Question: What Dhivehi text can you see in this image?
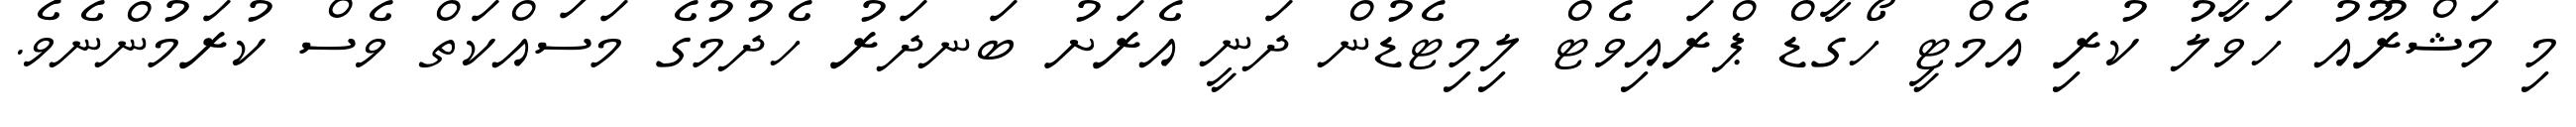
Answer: މި މަޝްރޫއު ހަވާލު ކުރި އެމްޓީ ހޯގާޑް ޕްރައިވެޓް ލިމިޓެޑުން ދަނީ އެރަށު ބަނދަރު ހެދުމުގެ މަސައްކަތް ވެސް ކުރަމުންނެވެ.